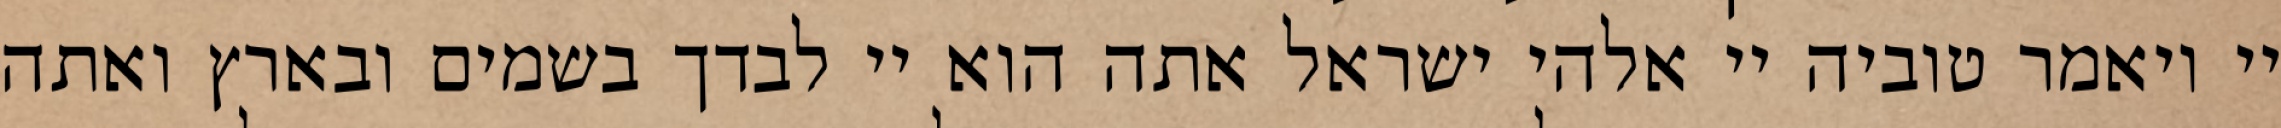
יי ויאמר טוביה יי אלהי ישראל אתה הוא יי לבדך בשמים ובארץ ואתה